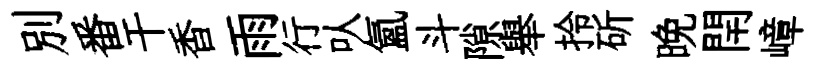
別番干香雨行㕥氲斗隙舉拎斫晩閈嶂